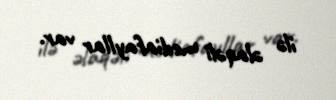
ilə əlaqəli mediafayllar var.